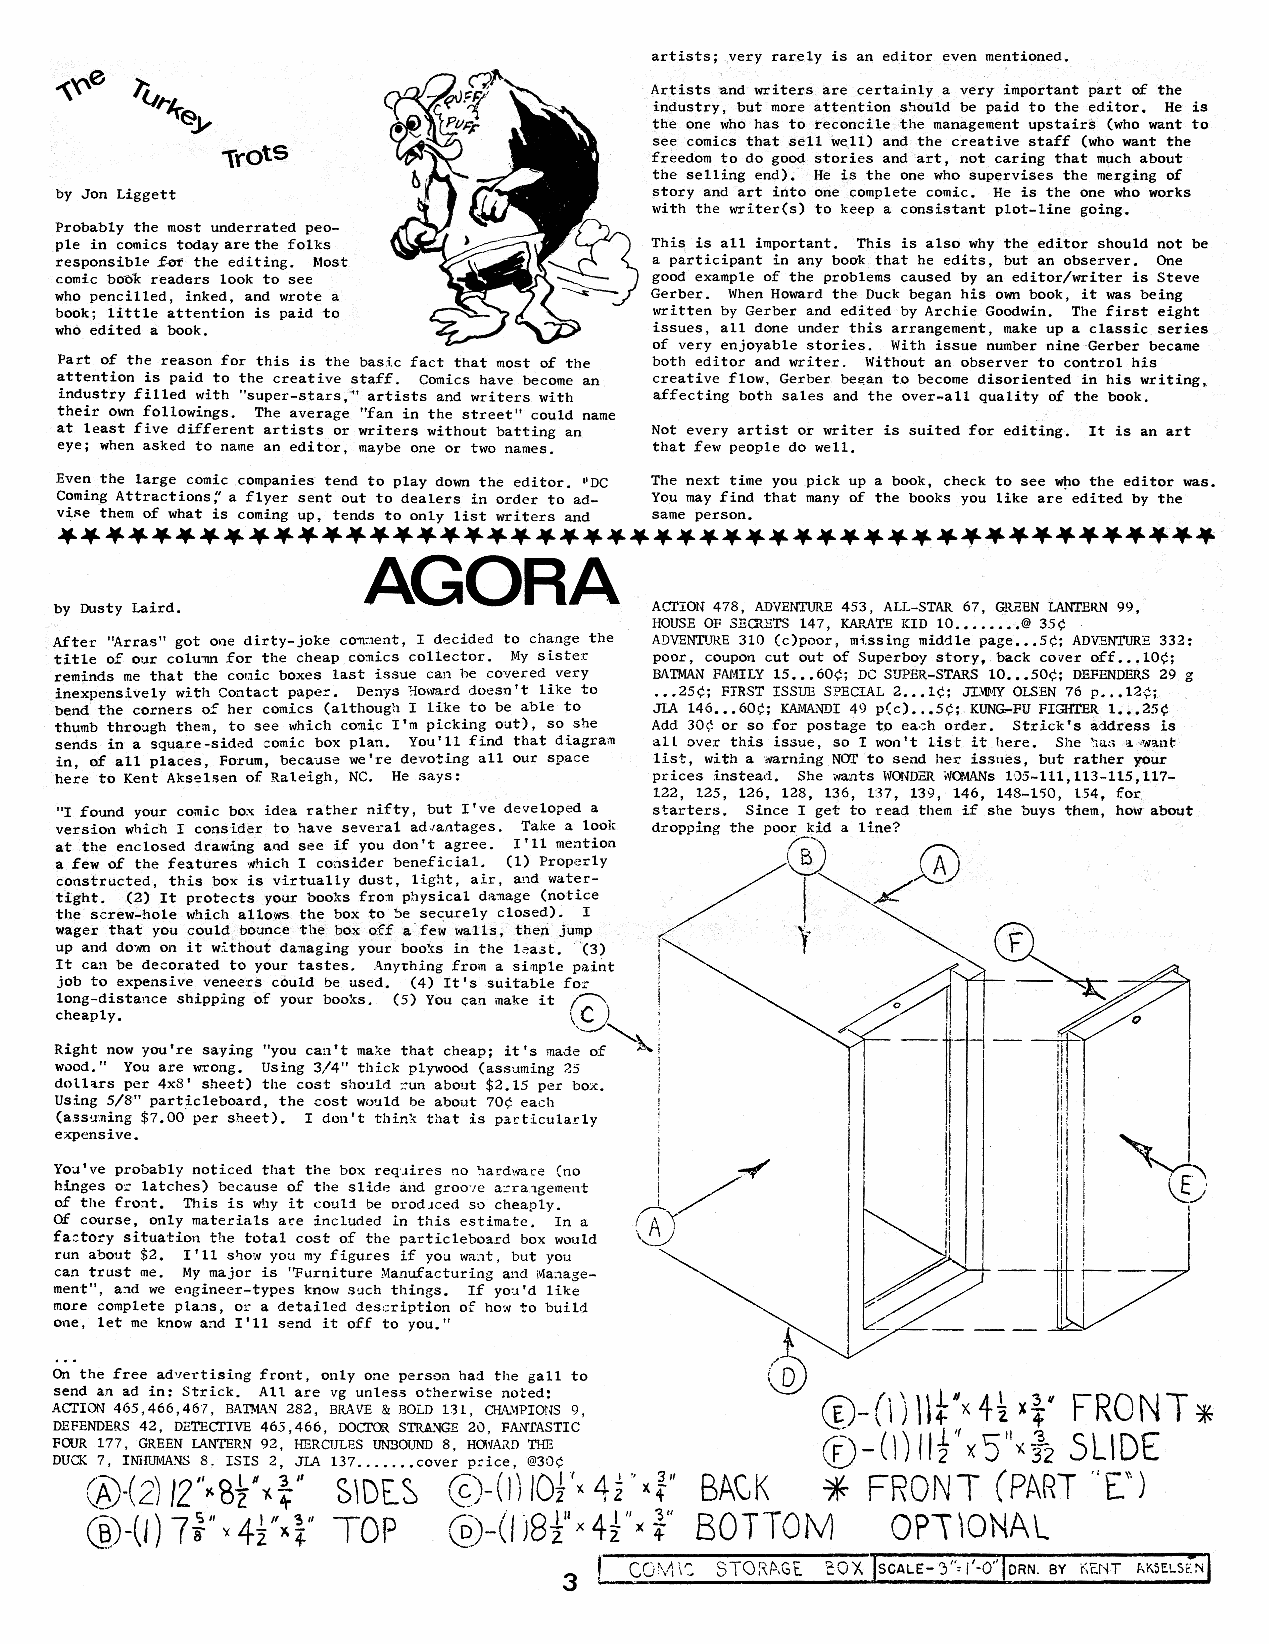
hola_2.indd 3                                                               2/19/13 3:09 PM